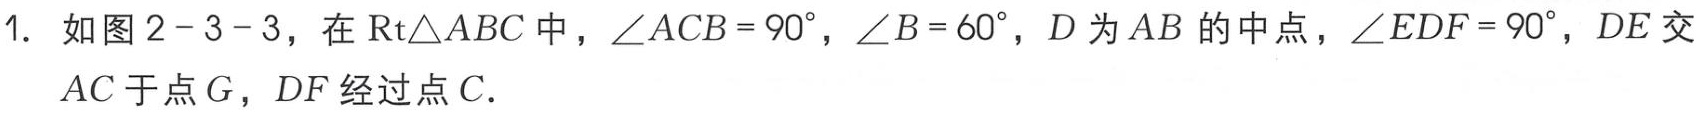
1. 如图2 - 3 - 3，在$\text{Rt}\triangle ABC$中，$\angle ACB = 90^{\circ}$，$\angle B = 60^{\circ}$，$D$为$AB$的中点，$\angle EDF = 90^{\circ}$，$DE$交$AC$于点$G$，$DF$经过点$C$.